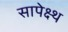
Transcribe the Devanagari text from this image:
सापेक्ष्थ